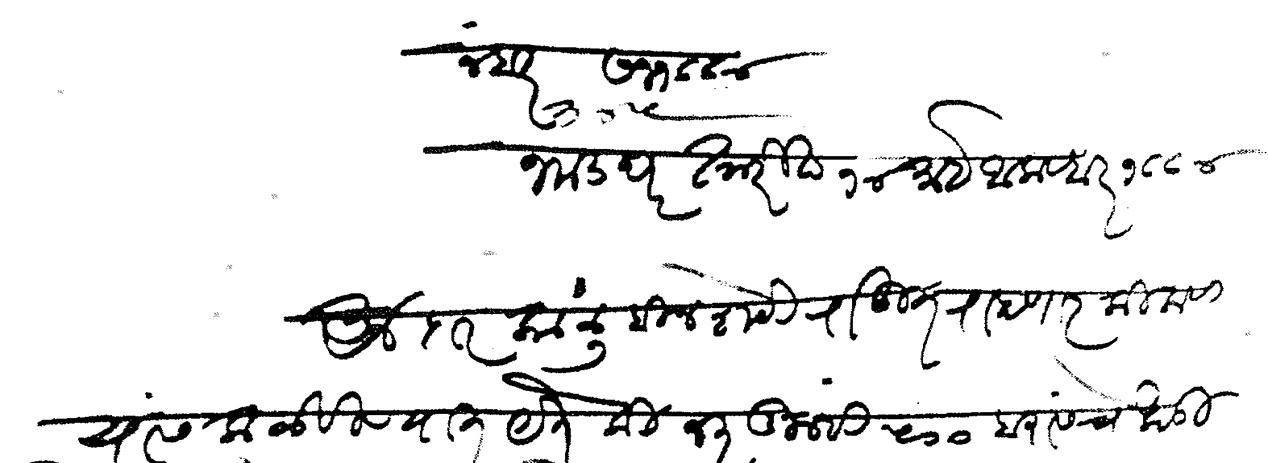
Transliteration (Devanagari): नंबर सन १८८४ भाडघर तारीख १४ माहे आकटबर १८८४ अर्जदार काळू बिन शेटी राहुत राहणार किकवी यास कळविण्यात येते कि जर तुम्ही ५०० बरासचे खड़ी